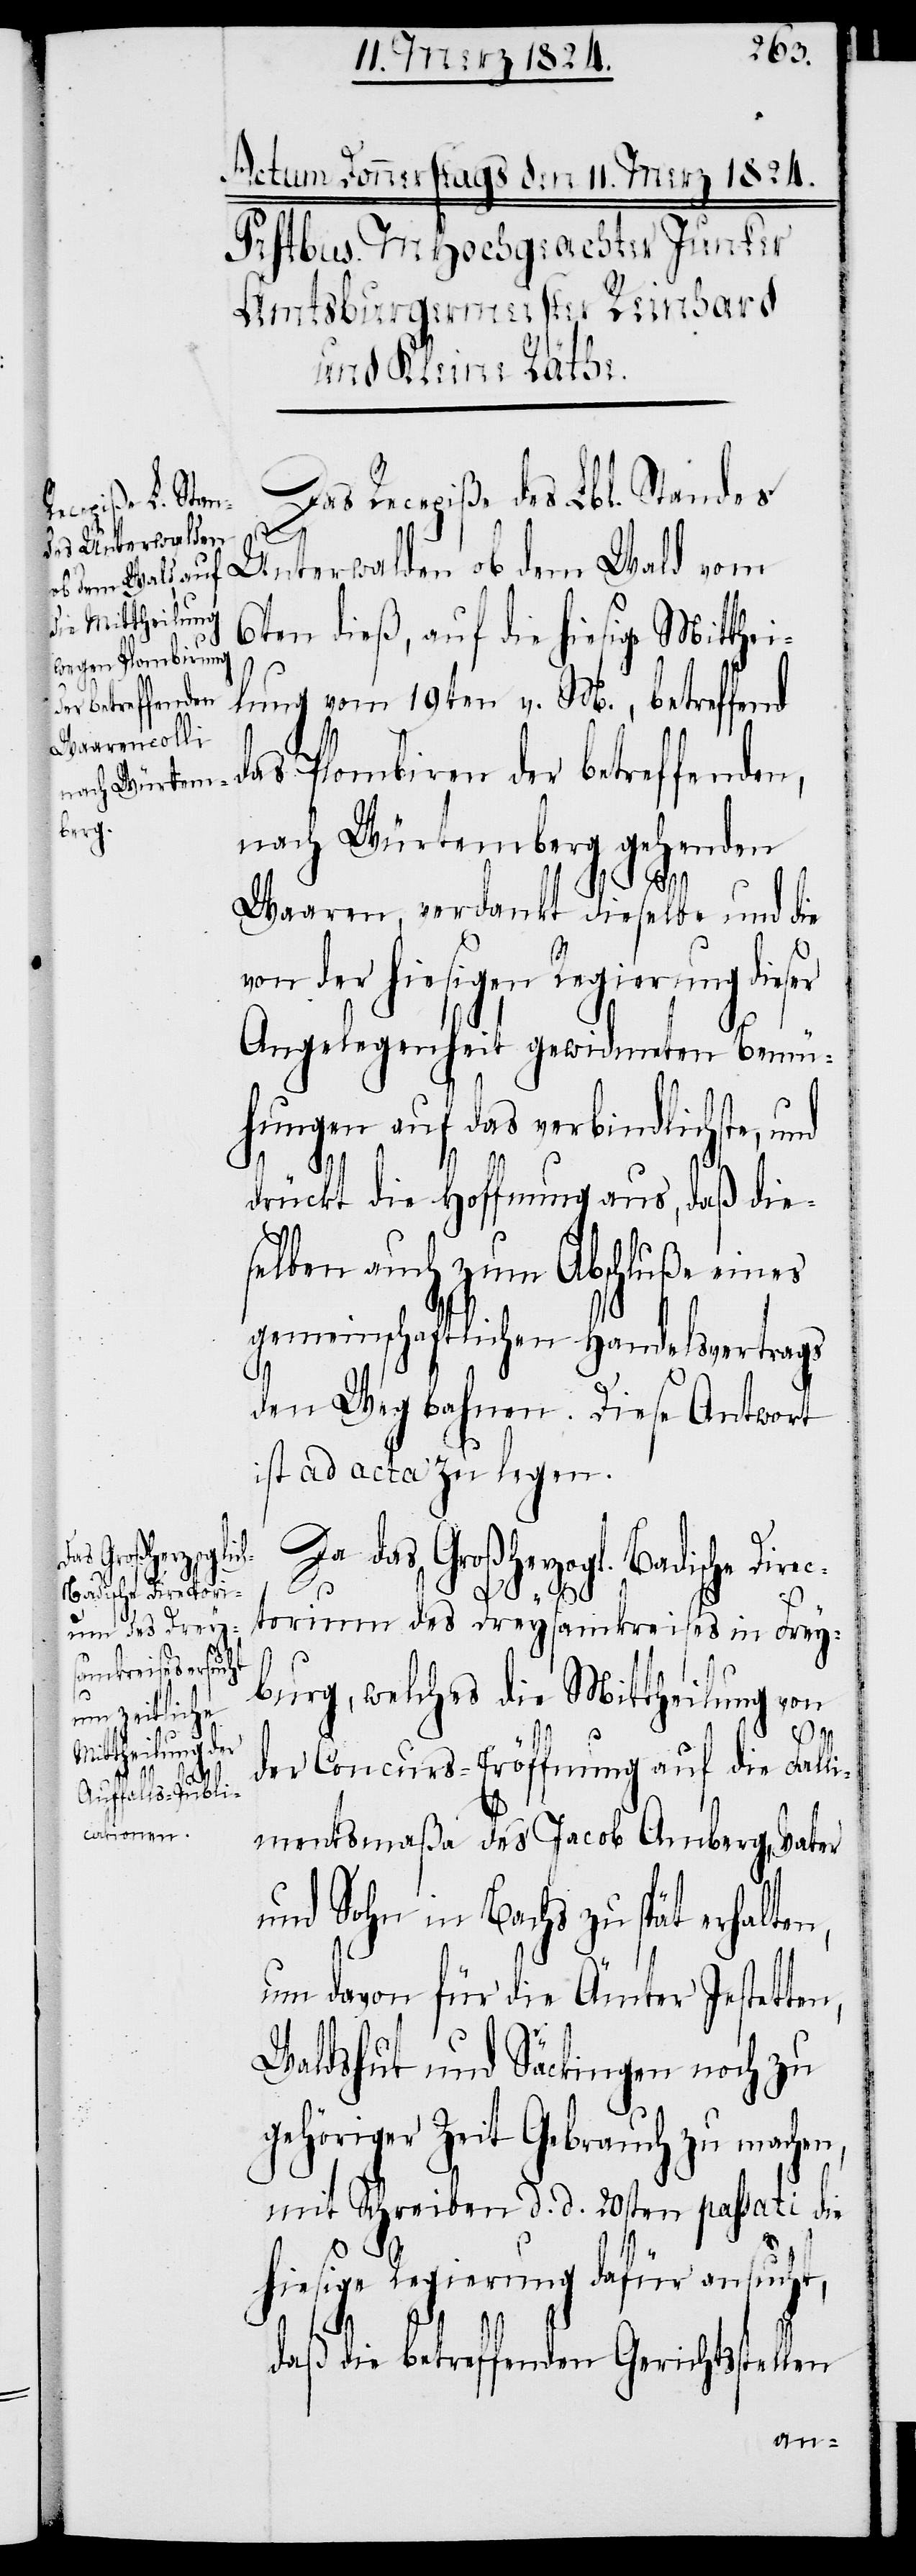
Das Recepiße des Lbl. Standes
terwalden ob dem Wald vom
6ten dieß, auf die hiesige Mitthei¬
lung vom 19ten v. M., betreffend
das Plombiren der betreffenden,
nach Würtemberg gehenden
Waaren, verdankt dieselbe und die
von der hiesigen Regierung dieser
Angelegenheit gewidmeten Bemü¬
hungen auf das verbindlichste, und
drückt die Hoffnung aus, daß die¬
selben auch zum Abschluße eines
gemeinschaftlichen Handelsvertrags
den Weg bahnen. Diese Antwort
ist ad acta zu legen.
Da das Großherzogl. Badische Direc¬
torium des Dreysamkreises in Frey¬
burg, welches die Mittheilung von
der Concurs-Eröffnung auf die Falli¬
mentsmaßa des Jacob Amberg, Vater
und Sohn in Bachs zu spät erhalten,
um davon für die Ämter Jestetten,
Waldshut und Säckingen noch zu
gehöriger Zeit Gebrauch zu machen,
mit Schreiben d. d. 20sten passati die
hiesige Regierung dafür ansucht,
daß die betreffenden Gerichtsstellen
Un¬